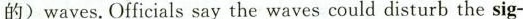
的)waves.Officials say the waves could disturb the sig-